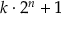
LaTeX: k \cdot 2 ^ { n } + 1